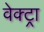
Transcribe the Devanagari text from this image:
वेक्ट्रा